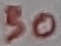
Text: 30